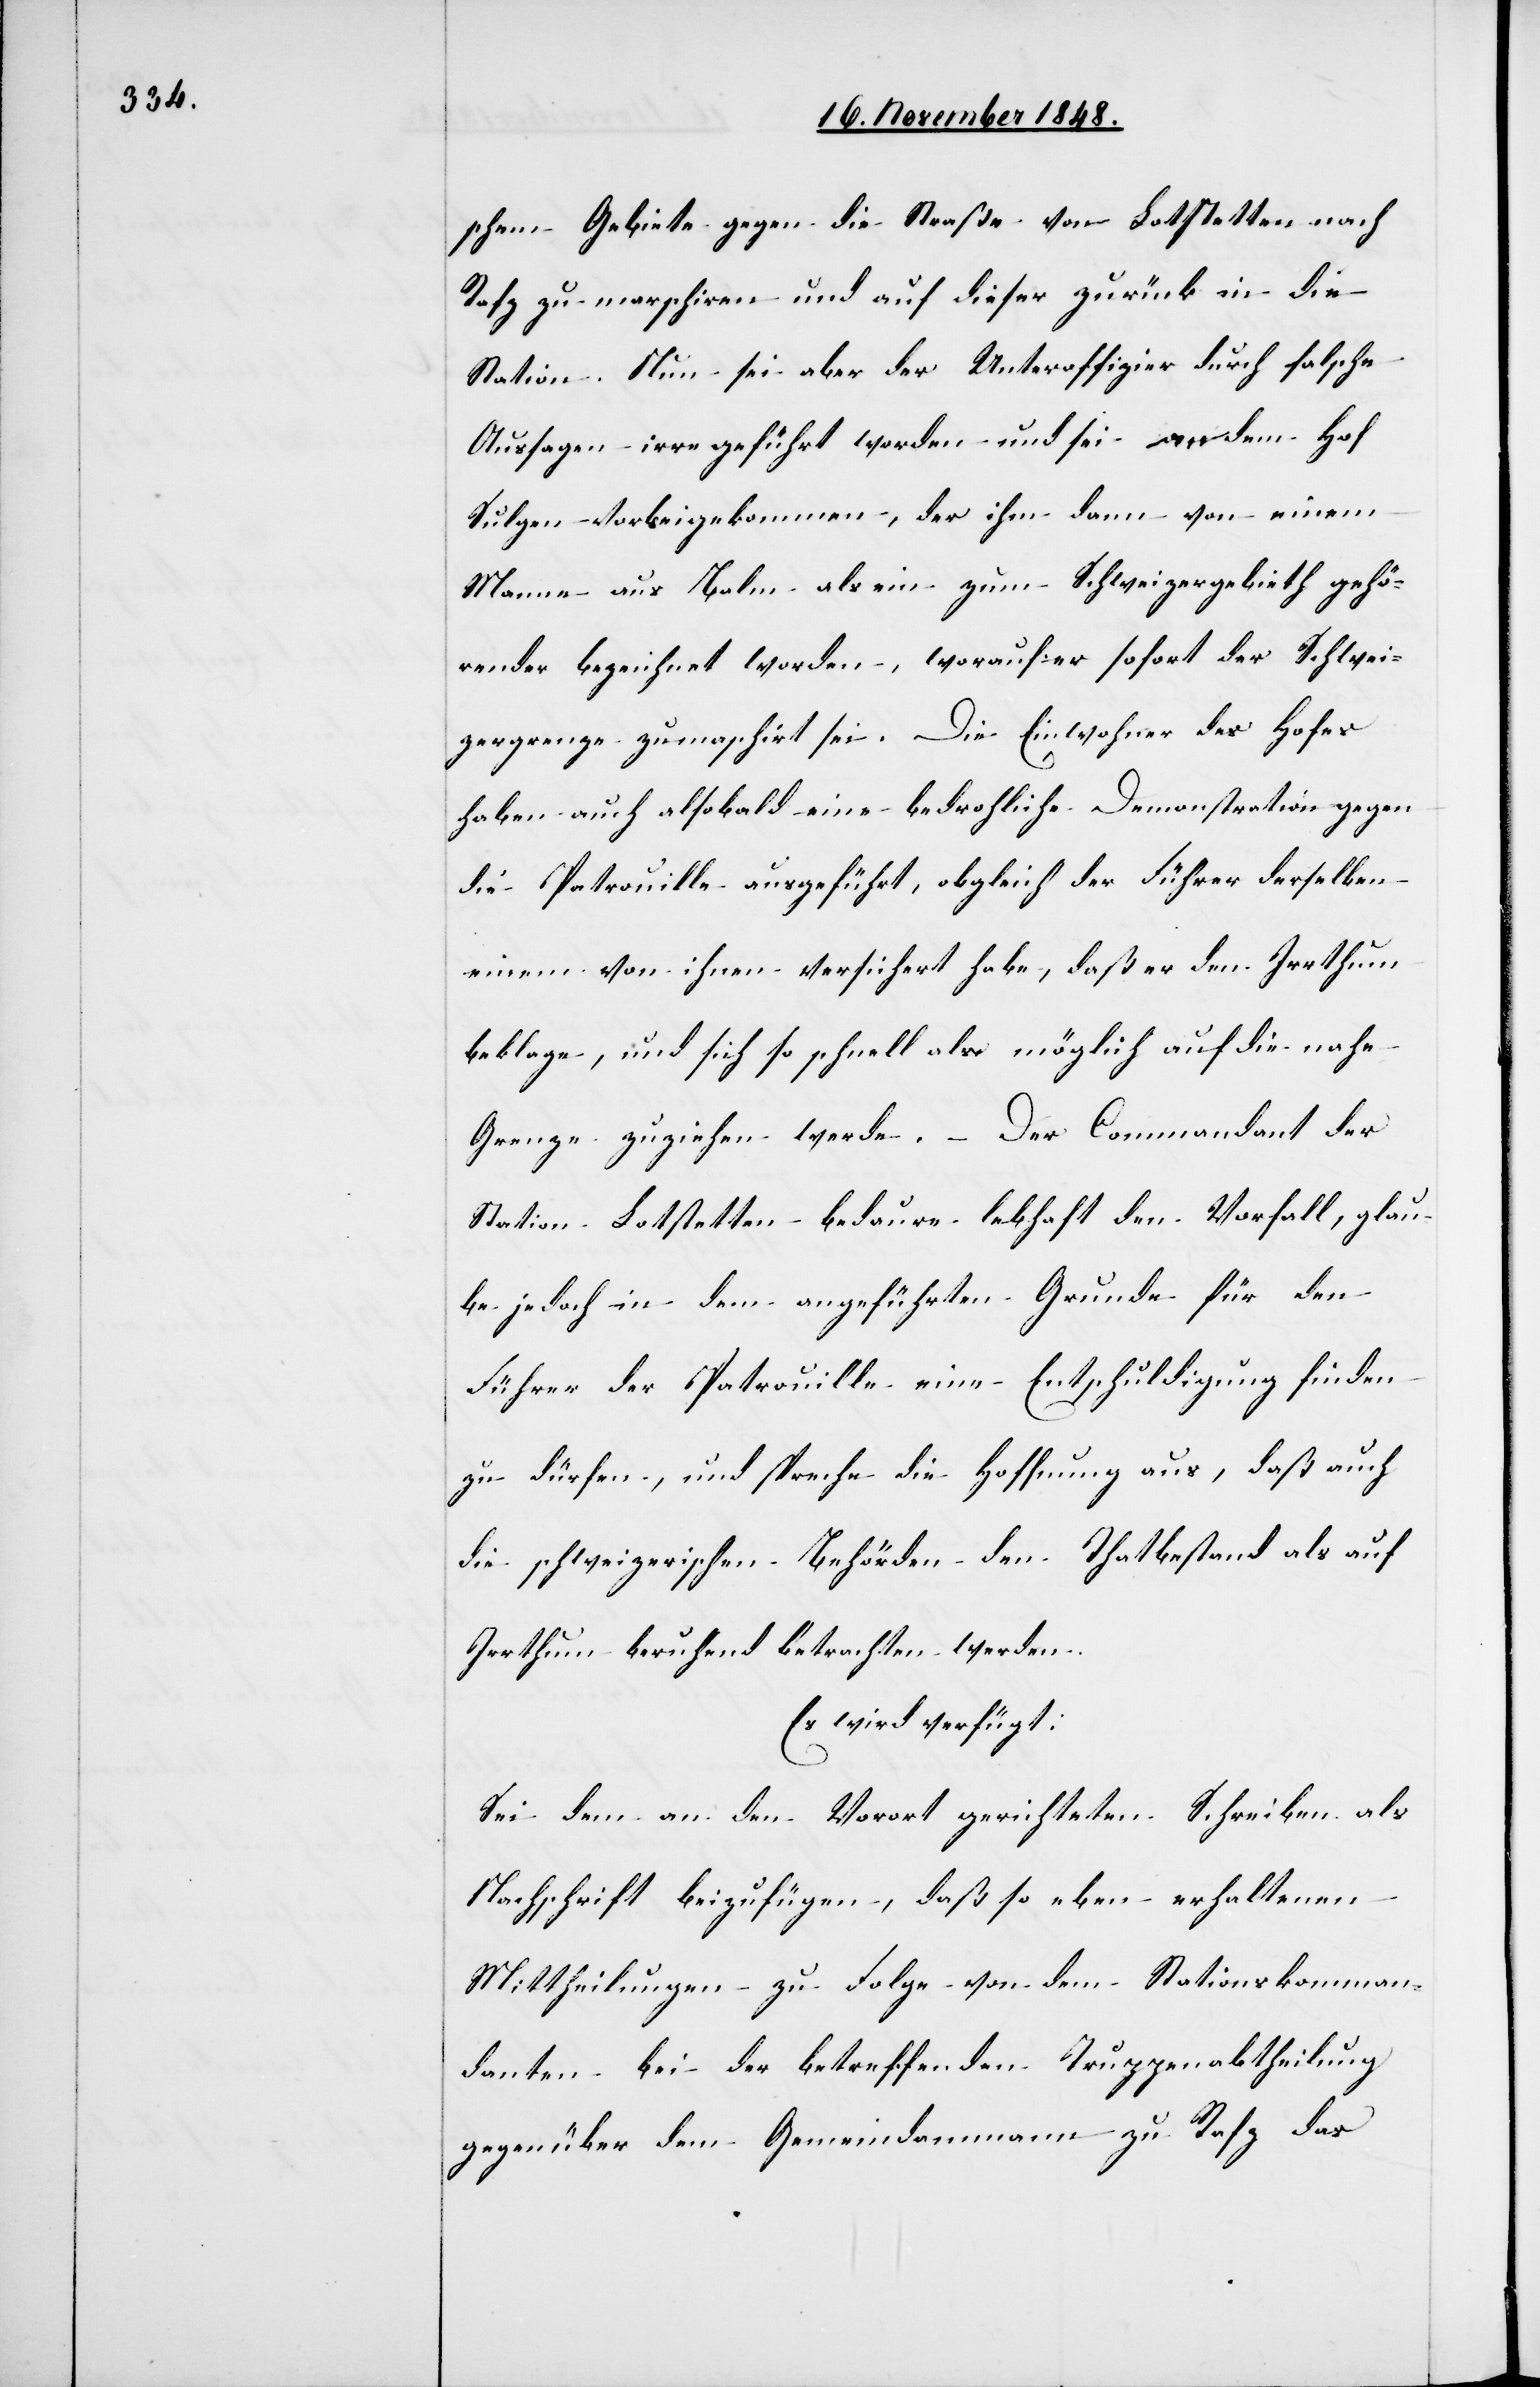
schem Gebiete gegen die Straße von Lotstetten nach
Rafz zu marschiren und auf dieser zurück in die
Station. Nun sei aber der Unteroffizier durch falsche
Aussagen irre geführt worden und sei an dem Hof
Sulgen vorbeigekommen, der ihm dann von einem
Manne aus Balm als ein zum Schweizergebieth gehö¬
render bezeichnet worden, worauf er sofort der Schwei¬
zergrenze zu ma[r]schirt sei. Die Einwohner des Hofes
haben auch alsobald eine bedrohliche Demonstration gegen
die Patrouille ausgeführt, obgleich der Führer derselben
einem von ihnen versichert habe, daß er den Irrthum
beklage, und sich so schnell als möglich auf die nahe
Grenze zuziehen werde. – Der Commandant der
Station Lotstetten bedaure lebhaft den Vorfall, glau¬
be jedoch in dem angeführten Grunde für den
Führer der Patrouille eine Entschuldigung finden
zu dürfen, und spreche die Hoffnung aus, daß auch
die schweizerischen Behörden den Thatbestand als auf
Irrthum beruhend betrachten werden.
Es wird verfügt:
Sei dem an den Vorort gerichteten Schreiben als
Nachricht beizufügen, daß so eben erhaltenen
Mittheilungen zu Folge von dem Stationskomman¬
danten bei der betreffenden Truppenabtheilung
gegenüber dem Gemeindammann zu Rafz das